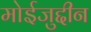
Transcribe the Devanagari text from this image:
मोईजुद्दीन